Tartu_Linna_ja_Maakonna_Kaitseliit, lk 29
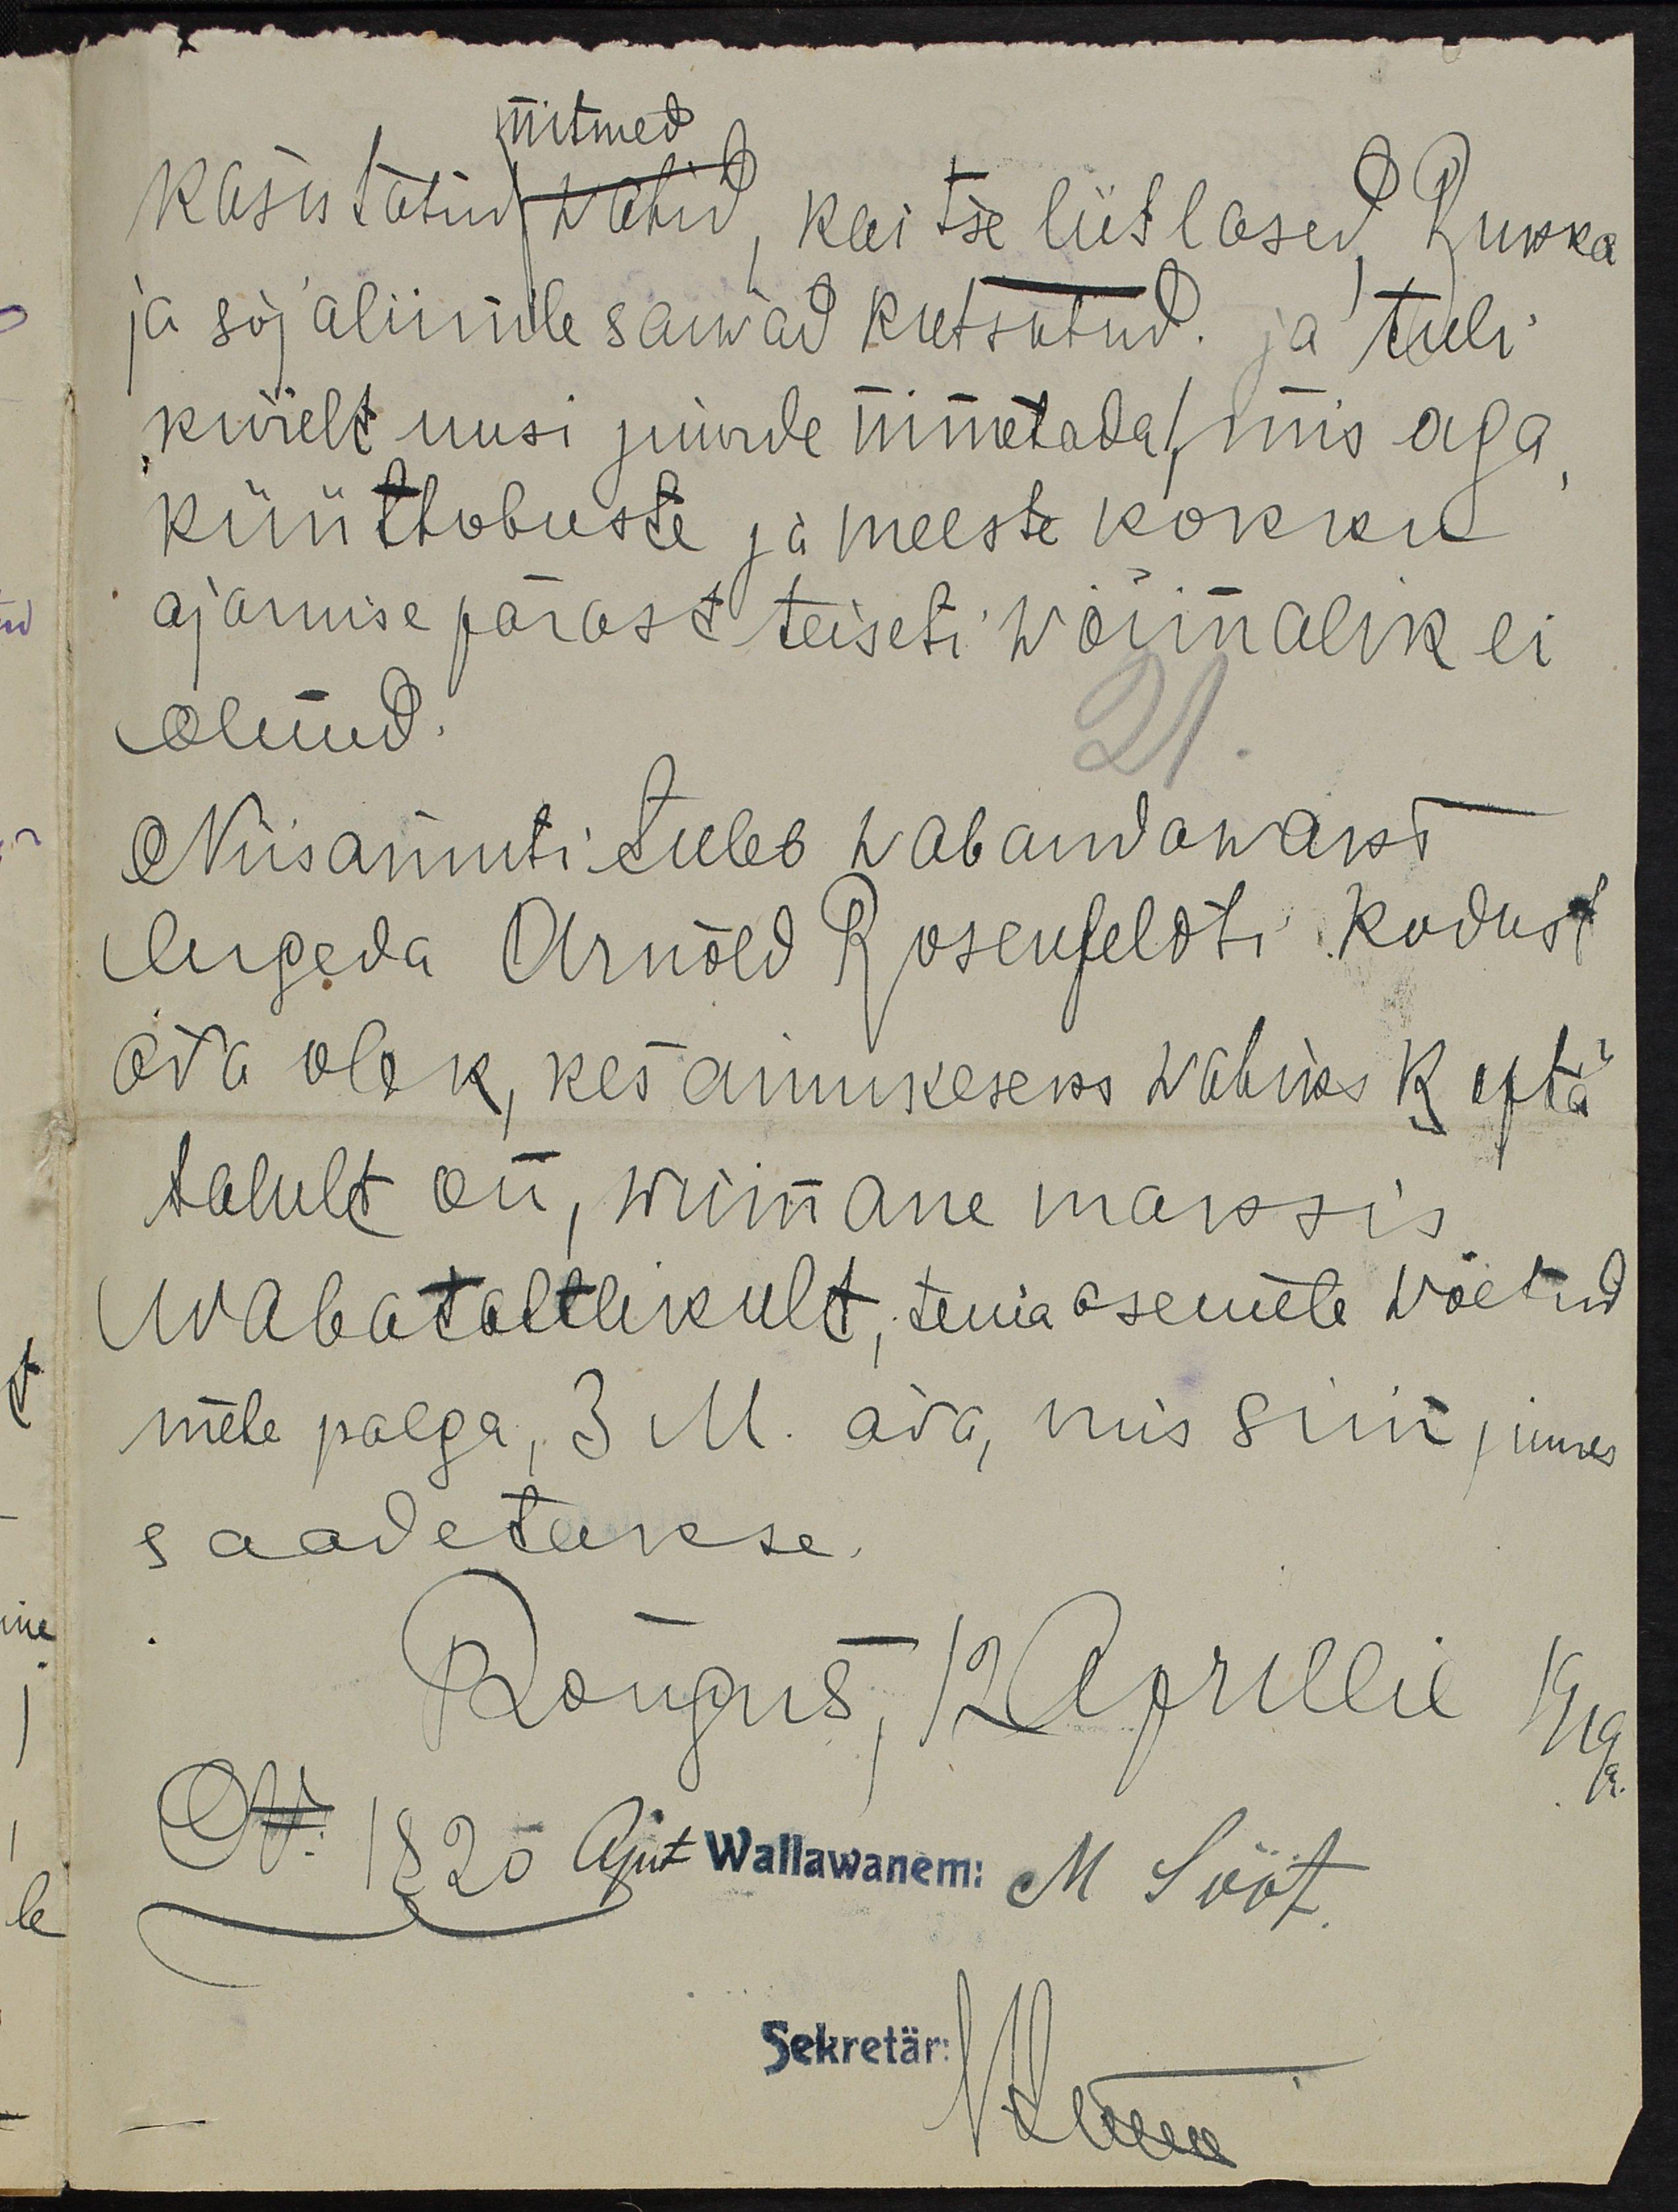
Mitmed
kasutatud wahid, kaitse liitlased, Ruska
ja sõjaliinile saiwad kutsutud. ja tuli
kiirelt uusi juurde nimetada, mis aga
küüthobuste ja meeste kokku
ajamise pärast teiseti wõimalik ei
olnud.
21
Niiisamuti tuleb wabandawaks
lugeda Arnold Rosenfeldti kodust
ära olek, kes ainukeseks wahiks Kesta
talult on, wiimane maksis
Wabatahtlikult, tema asemele wõetud
mehe palga, 3 M. ära, mis siin juures
saadetakse.
Rõngus, 12 Aprillil 1919.
N. 1820 Ajut Wallawanem. M Sööt
Sekretär: H. Ilwes